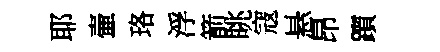
耶壷珞浮箭眺寇悬昂躓